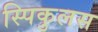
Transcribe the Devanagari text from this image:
स्पिकुलस